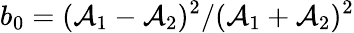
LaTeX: b_{0}=(\mathcal{A}_{1}-\mathcal{A}_{2})^{2}/(\mathcal{A}_{1}+\mathcal{A}_{2})^{2}